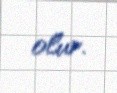
olur.